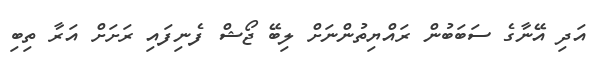
އަދި އޭނާގެ ސަބަބުން ރައްޔިތުންނަށް ލިބޭ ޖޯޝް ފެނިފައި ރަށަށް އަރާ ތިބި